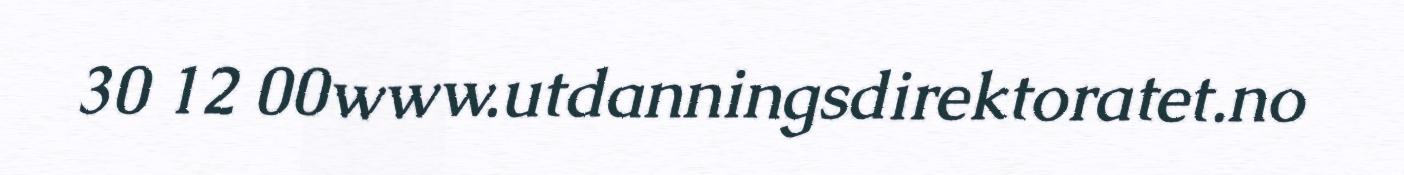
30 12 00www.utdanningsdirektoratet.no